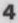
4